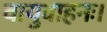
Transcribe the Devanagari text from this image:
वायुवाहनः।